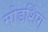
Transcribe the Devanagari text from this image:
मोडशिंग